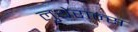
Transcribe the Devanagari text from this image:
लुथेरान्स